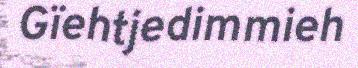
Gïehtjedimmieh